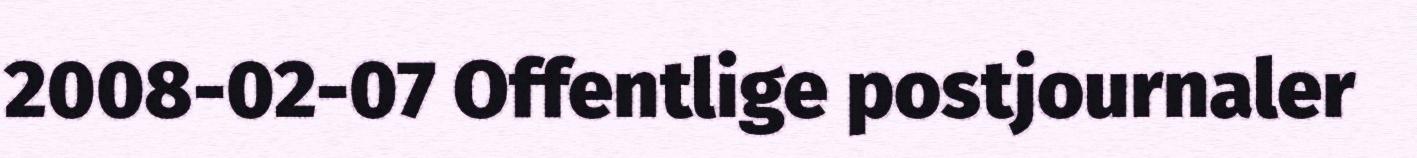
2008-02-07 Offentlige postjournaler